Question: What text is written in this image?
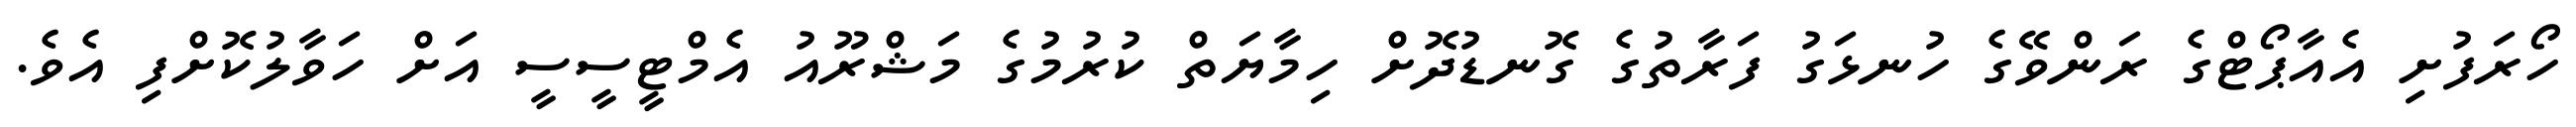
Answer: ހޯރަފުށި އެއާޕޯޓްގެ ރަންވޭގެ ހުނޅަގު ފަރާތުގެ ގޮނޑުދޮށް ހިމާޔަތް ކުރުމުގެ މަޝްރޫއު އެމްޓީސީސީ އަށް ހަވާލުކޮށްފި އެވެ.